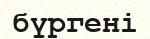
бүргені